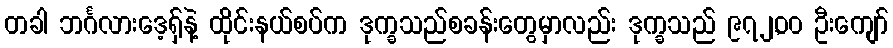
တခါ ဘင်္ဂလားဒေ့ရှ်နဲ့ ထိုင်းနယ်စပ်က ဒုက္ခသည်စခန်းတွေမှာလည်း ဒုက္ခသည် ၉၇၂,၀၀ ဦးကျော်